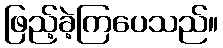
ဖြည့်ခဲ့ကြပေသည်။